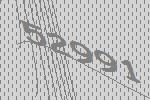
52991